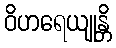
ဝိဟရေယျုန္တိ